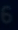
6